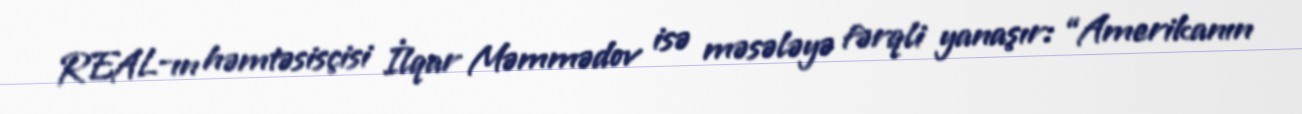
REAL-ın həmtəsisçisi İlqar Məmmədov isə məsələyə fərqli yanaşır: “Amerikanın